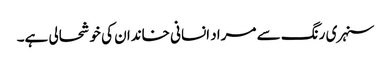
سنہری رنگ سے مراد انسانی خاندان کی خوشحالی ہے۔